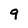
Character: 9